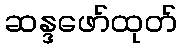
ဆန္ဒဖော်ထုတ်